Rangoon Lunatic Asylum 1878-1892 - 1878-1892
Year: 1878
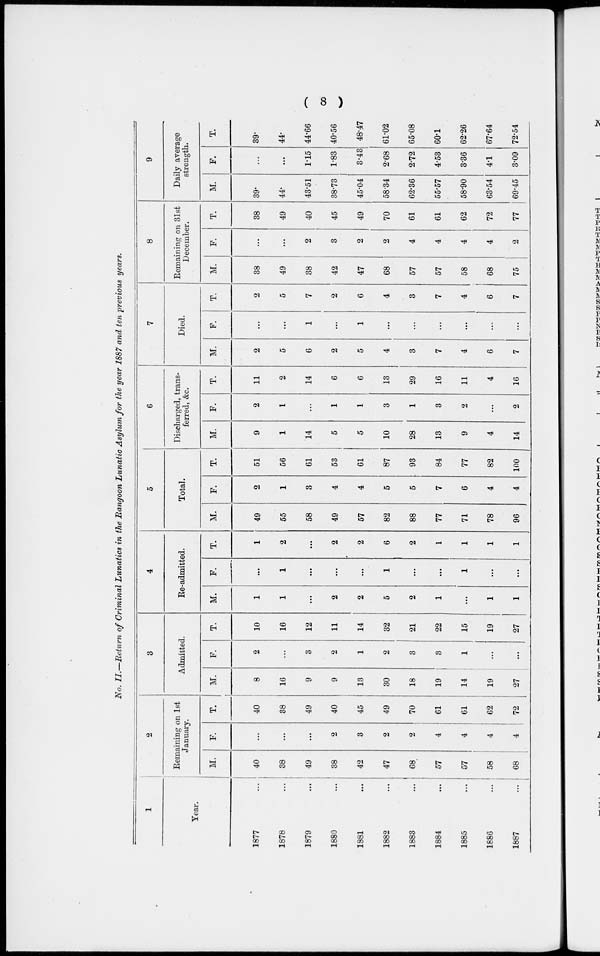
( 8 )
No. II.—Return of Criminal Lunatics in the Rangoon Lunatic Asylum for the year 1887 and ten previous years.
1
Year.
1877 ...
1878 ...
1879 ...
1880 ...
1881 ...
1882 ...
1883 ...
1884 ...
1885 ...
1886
...
1887
...
2
Remaining on 1st
January.
M.
40
38
49
38
42
47
68
57
57
58
68
F.
...
...
...
2
3
2
2
4
4
4
4
T.
40
38
49
40
45
49
70
61
61
62
72
3
Admitted.
M.
8
16
9
9
13
30
18
19
14
19
27
F.
2
...
3
2
1
2
3
3
1
...
...
T.
10
16
12
11
14
32
21
22
15
19
27
4
Re-admitted.
M.
1
1
...
2
2
5
2
1
...
1
1
F.
...
1
...
...
...
1
...
...
1
...
...
T.
1
2
...
2
2
6
2
1
1
1
1
5
Total.
M.
49
55
58
49
57
82
88
77
71
78
96
F.
2
1
3
4
4
5
5
7
6
4
4
T.
51
56
61
53
61
87
93
84
77
82
100
6
Discharged, trans-
ferred, &c.
M.
9
1
14
5
5
10
28
13
9
4
14
F.
2
1
...
1
1
3
1
3
2
...
2
T.
11
2
14
6
6
13
29
16
11
4
16
7
Died.
M.
2
5
6
2
5
4
3
7
4
6
7
F.
...
...
1
...
1
...
...
...
...
...
...
T.
2
5
7
2
6
4
3
7
4
6
7
8
Remaining on 31st
December.
M.
38
49
38
42
47
68
57
57
58
68
75
F.
...
...
2
3
2
2
4
4
4
4
2
T.
38
49
40
45
49
70
61
61
62
72
77
9
Daily average
strength.
M.
39.
44.
43.51
38.73
45.04
58.34
62.36
55.57
58.90
63.54
69.45
F.
...
...
1.15
1.83
3.43
2.68
2.72
4.53
3.36
4.1
3.09
T.
39.
44.
44.66
40.56
48.47
61.02
65.08
60.1
62.26
67.64
72.54